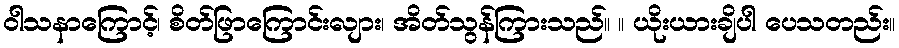
ဝါသနာကြောင့်၊ စိတ်ဖြာကြောင်းလျား၊ အိတ်သွန်ကြားသည်။ ။ ယိုးယားချိပါ ပေသတည်း။